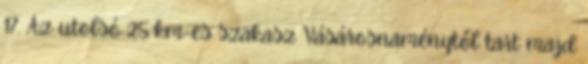
17. Az utolsó 25 km-es szakasz Vásárosnaménytől tart majd